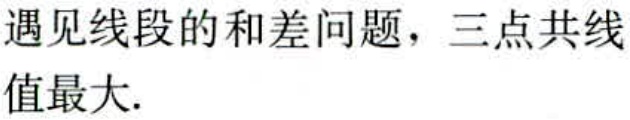
遇见线段的和差问题，三点共线

值最大.